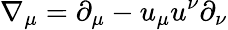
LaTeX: \nabla_{\mu}=\partial_{\mu}-u_{\mu}u^{\nu}\partial_{\nu}